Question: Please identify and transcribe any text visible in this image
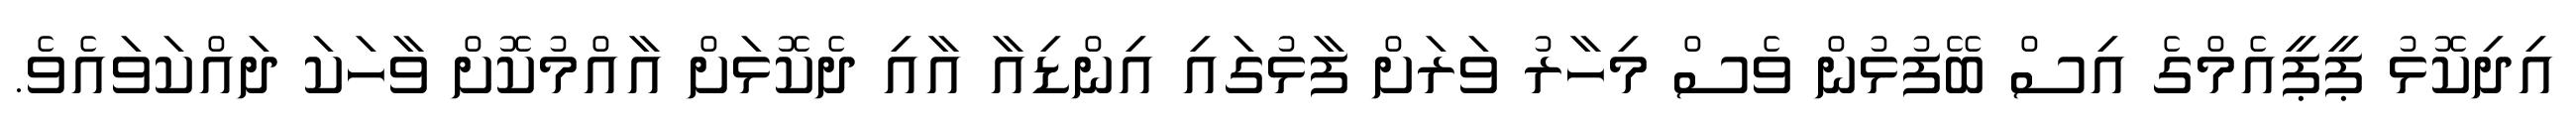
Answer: އިދިކޮޅު ޕީޕީއެމްގެ އިސް ބޭފުޅުން ވެސް މިހާރު ވަރަށް ފާޅުގައި އިންޑިއާ އާއި ދެކޮޅަށް އާއްމުކޮށް ވާހަކަ ދައްކަވައެވެ.